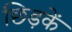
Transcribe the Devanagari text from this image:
छिड़कें